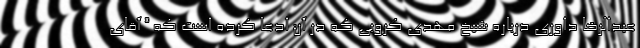
عبدالرضا داوری درباره شیخ مهدی کروبی که در آن ادعا کرده است که ” آقای